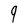
Character: 9